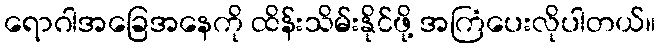
ရောဂါအခြေအနေကို ထိန်းသိမ်းနိုင်ဖို့ အကြံပေးလိုပါတယ်။